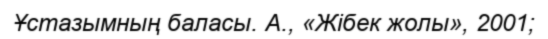
Ұстазымның баласы. А., «Жібек жолы», 2001;